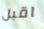
اقبل